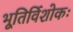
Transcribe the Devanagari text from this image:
भूतिर्विशोकः